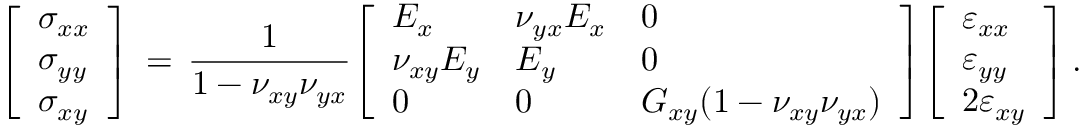
{ \left[ \begin{array} { l } { \sigma _ { x x } } \\ { \sigma _ { y y } } \\ { \sigma _ { x y } } \end{array} \right] } \, = \, { \frac { 1 } { 1 - \nu _ { x y } \nu _ { y x } } } { \left[ \begin{array} { l l l } { E _ { x } } & { \nu _ { y x } E _ { x } } & { 0 } \\ { \nu _ { x y } E _ { y } } & { E _ { y } } & { 0 } \\ { 0 } & { 0 } & { G _ { x y } ( 1 - \nu _ { x y } \nu _ { y x } ) } \end{array} \right] } { \left[ \begin{array} { l } { \varepsilon _ { x x } } \\ { \varepsilon _ { y y } } \\ { 2 \varepsilon _ { x y } } \end{array} \right] } \, .